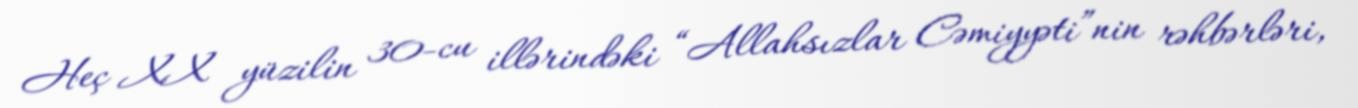
Heç XX yüzilin 30-cu illərindəki “Allahsızlar Cəmiyyəti”nin rəhbərləri,